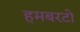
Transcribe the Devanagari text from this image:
हमबरटो